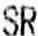
SR